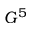
G ^ { 5 }